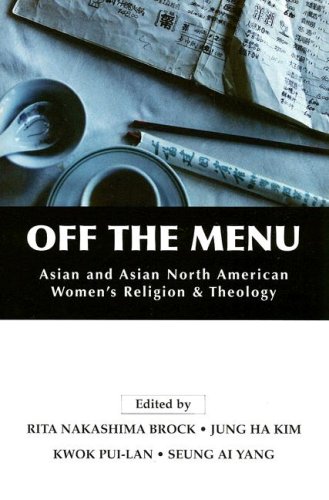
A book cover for Off the Menu: Asian and Asian North American Women's Religion and Theology; Christian Books & Bibles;